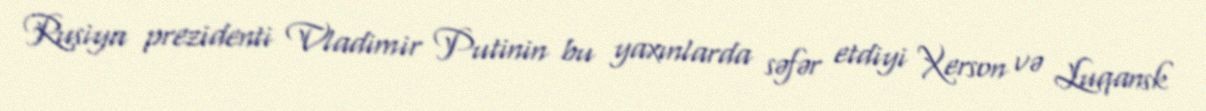
Rusiya prezidenti Vladimir Putinin bu yaxınlarda səfər etdiyi Xerson və Luqansk